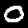
Label: 0